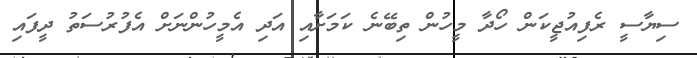
ސިޔާސީ ރެފިއުޖީކަން ހޯދާ މީހުން ތިބޭނެ ކަމަށާއި އަދި އެމީހުންނަށް އެފުރުސަތު ދީފައި